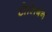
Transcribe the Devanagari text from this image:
टोलिबन